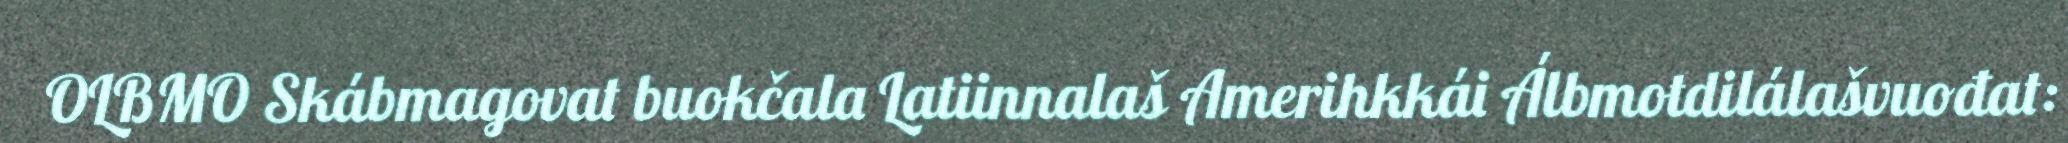
OLBMO Skábmagovat buokčala Latiinnalaš Amerihkkái Álbmotdilálašvuođat: